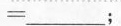
= ___；